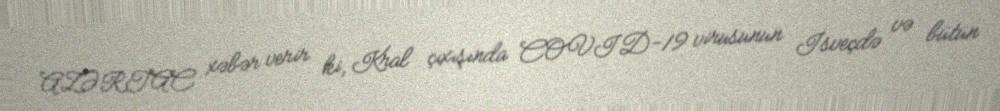
AZƏRTAC xəbər verir ki, Kral çıxışında COVID-19 virusunun İsveçdə və bütün